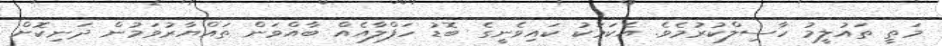
މަތީ ތައުލީމު ހާސިލްކުރުމެވެ. އެކަމަކު ކައިވެނީގެ ބޮޑު ހަފްލާއެއް ބާއްވަން ތައްޔާރުވަމުން ދަނިކޮށް